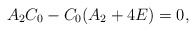
\begin{align*}A_{2}C_{0}-C_{0}(A_{2}+4E)=0,\end{align*}